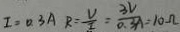
I = 0 . 3 A R = \frac { V } { I } = \frac { 3 V } { 0 . 3 A } = 1 0 \Omega